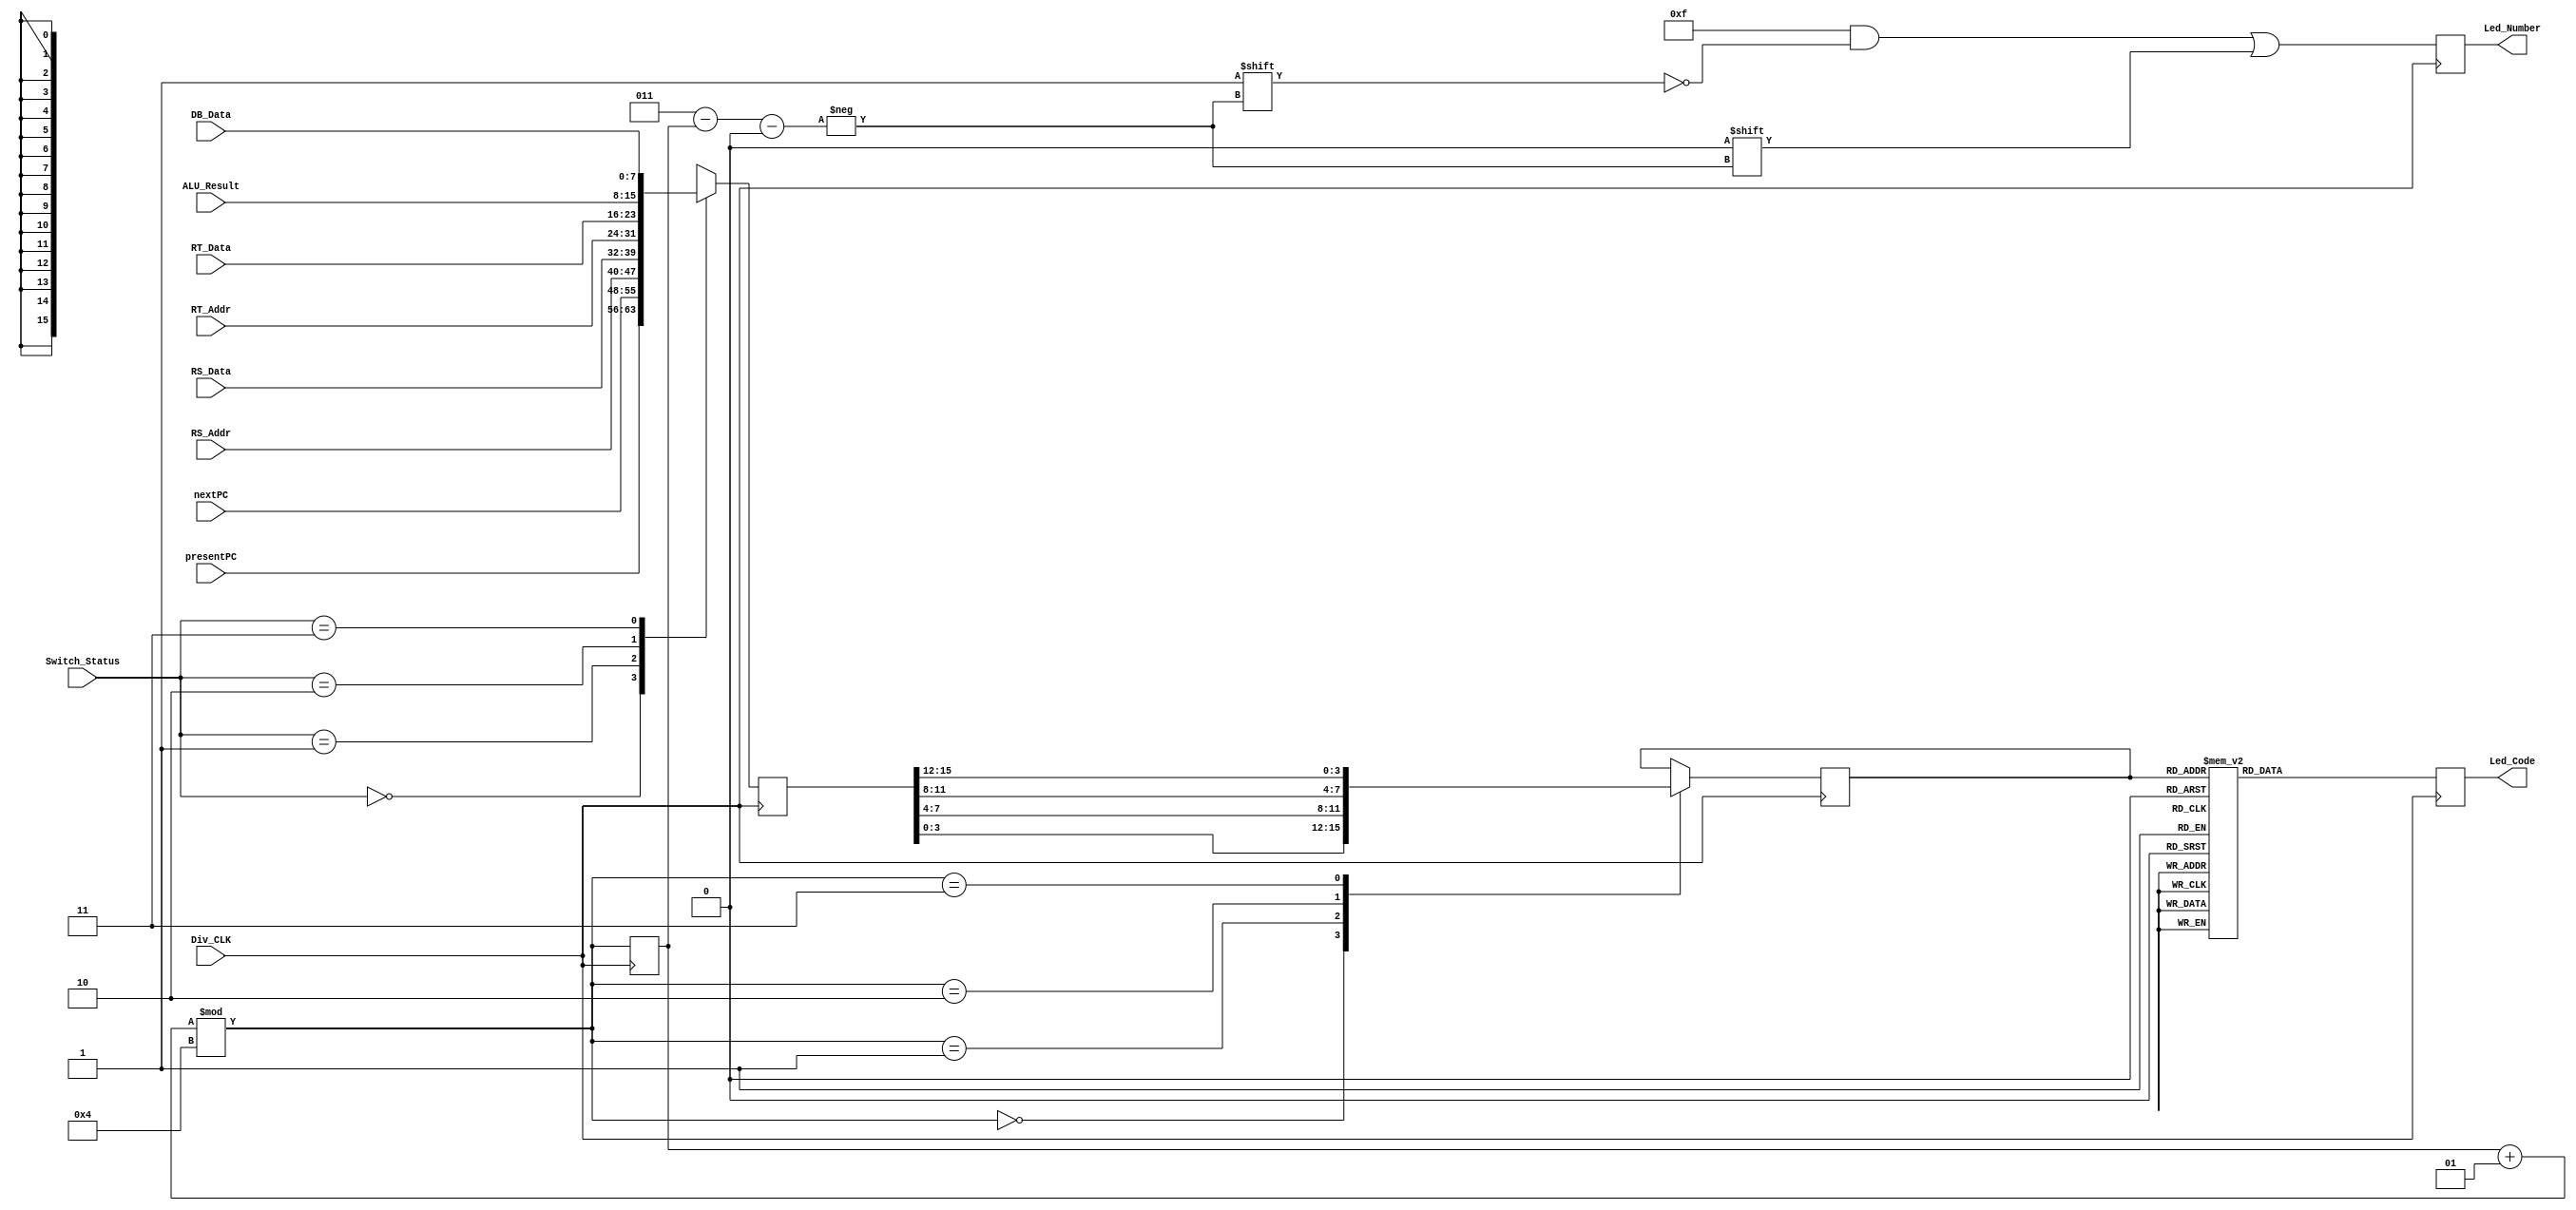
`timescale 1ns / 1ps

module LedDisplay(
  input [1:0] Switch_Status,
  input Div_CLK,

  input [7:0] presentPC,
  input [7:0] nextPC,

  input [7:0] RS_Addr,
  input [7:0] RS_Data,

  input [7:0] RT_Addr,
  input [7:0] RT_Data,

  input [7:0] ALU_Result,
  input [7:0] DB_Data,

  output reg [3:0] Led_Number, // Select LED
  output reg [6:0] Led_Code // Display
  );

  reg [15:0] toDisplay;
  reg [3:0] Digital;
  integer selector = 0;

  always @(posedge Div_CLK) begin
    case(Switch_Status) 
      2'b00: toDisplay <= {presentPC, nextPC};
      2'b01: toDisplay <= {RS_Addr, RS_Data};
      2'b10: toDisplay <= {RT_Addr, RT_Data};
      2'b11: toDisplay <= {ALU_Result, DB_Data};
    endcase
    
    selector = (selector + 1) % 4;
    
    case(selector)
      0: Digital = toDisplay[3:0];
      1: Digital = toDisplay[7:4];
      2: Digital = toDisplay[11:8];
      3: Digital = toDisplay[15:12];
    endcase
  end

  always @(posedge Div_CLK) begin
    case (Digital) 
      4'h0: Led_Code <= 7'b0000001; 
      4'h1: Led_Code <= 7'b1001111; 
      4'h2: Led_Code <= 7'b0010010; 
      4'h3: Led_Code <= 7'b0000110; 
      4'h4: Led_Code <= 7'b1001100; 
      4'h5: Led_Code <= 7'b0100100; 
      4'h6: Led_Code <= 7'b0100000; 
      4'h7: Led_Code <= 7'b0001111; 
      4'h8: Led_Code <= 7'b0000000; 
      4'h9: Led_Code <= 7'b0000100; 
      4'hA: Led_Code <= 7'b0001000; 
      4'hB: Led_Code <= 7'b1100000; 
      4'hC: Led_Code <= 7'b0110001; 
      4'hD: Led_Code <= 7'b1000010; 
      4'hE: Led_Code <= 7'b0110000; 
      4'hF: Led_Code <= 7'b0111000; 
    endcase
  end

  always @(posedge Div_CLK) begin
    Led_Number = 4'b1111;
    Led_Number[3 - selector] = 0;
  end
endmodule